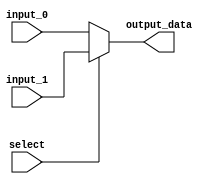
`timescale 1ns / 1ps
//////////////////////////////////////////////////////////////////////////////////
// Company: 
// Engineer: 
// 
// Design Name: 
// Module Name: mux_2_1_32bit
// Project Name: 
// Target Devices: 
// Tool Versions: 
// Description: 
// 
// Dependencies: 
// 
// Revision:
// Revision 0.01 - File Created
// Additional Comments:
// 
//////////////////////////////////////////////////////////////////////////////////


module mux_2_1_32bit(input_0, input_1, select ,output_data);
input [31:0] input_0, input_1;
input select;
output [31:0] output_data;

assign output_data = (select)? input_1:input_0 ;
endmodule